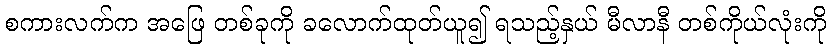
စကားလက်က အဖြေ တစ်ခုကို ခလောက်ထုတ်ယူ၍ ရသည့်နှယ် မီလာနီ တစ်ကိုယ်လုံးကို